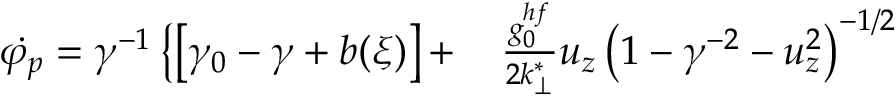
\begin{array} { r l } { \dot { \varphi _ { p } } = \gamma ^ { - 1 } \left\{ \left[ \gamma _ { 0 } - \gamma + b ( \xi ) \right] + \right. } & { { } \frac { g _ { 0 } ^ { h f } } { 2 k _ { \perp } ^ { * } } u _ { z } \left( 1 - \gamma ^ { - 2 } - u _ { z } ^ { 2 } \right) ^ { - 1 / 2 } } \end{array}